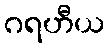
ဂရဟီယ